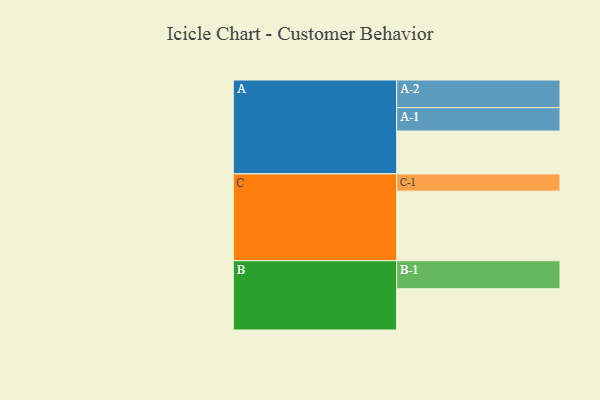
{"axis": {"x": "Segment", "y": "Value"}, "legend": ["", "A", "B", "C"], "data": [{"x": "A", "y": 360, "type": ""}, {"x": "B", "y": 347, "type": ""}, {"x": "C", "y": 585, "type": ""}, {"x": "A-1", "y": 197, "type": "A"}, {"x": "A-2", "y": 232, "type": "A"}, {"x": "B-1", "y": 235, "type": "B"}, {"x": "C-1", "y": 145, "type": "C"}]}